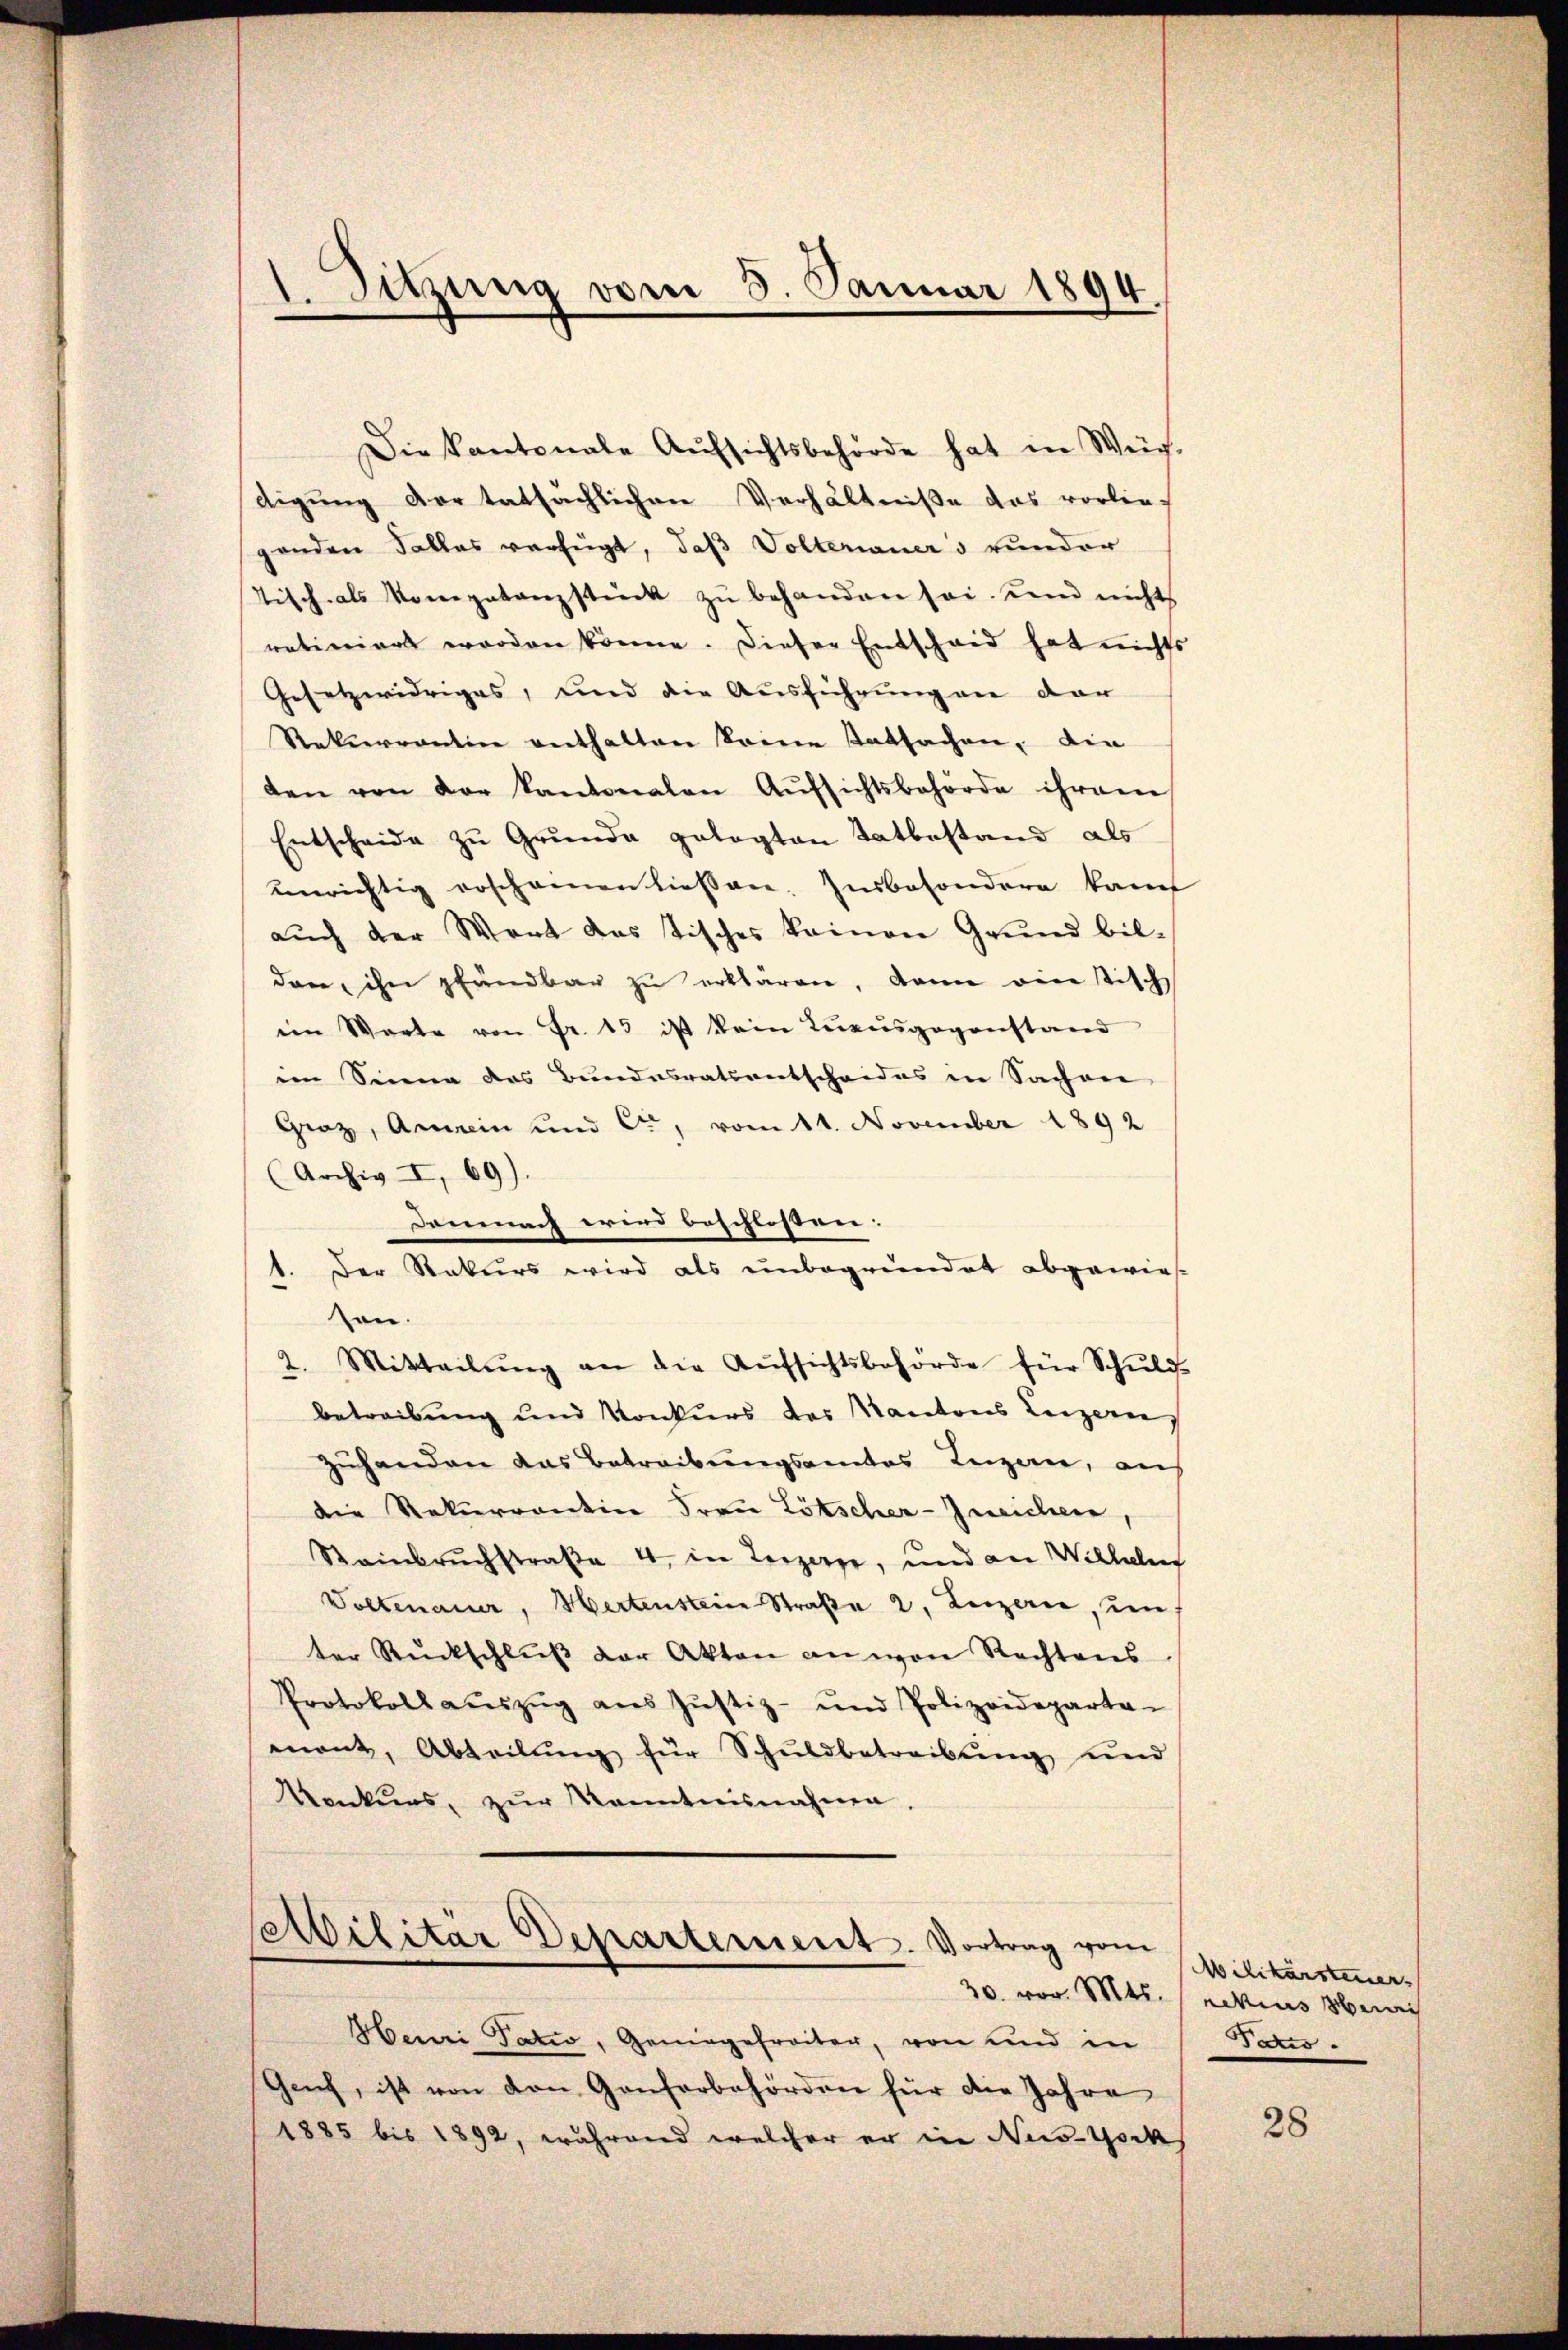
Die Kantonale Aŭfsichtsbehörde hat in Weg-
digung der tatsächlichen Verhältniße das vorlie
genden Falles verfügt, daß Voltenauers runder
Tisch als Monepatanzstück zŭ behanden sei, und nicht
rativiert worden könne. Dieser Entscheid hat nichts
Gesetzwidriges, und die Ausführung an der
Rekurrentin enthalten keine tatsachen, die
den von der Kantonalen Aŭfsichtsbehörde ihrem
Entscheide zu Grunde gelegten Tatbestand als
unrichtig erschonen liessen. Insbesondere kam
auch der Wert das Tisches keinen Grund bil-
den, ihn pfandbar zu erklären, dann ein tisch
im Warte von Fr. 15 ist kein Luxusgegenstand
in Sinne des Bundesratsentscheides in Sachen
Graz, Arnein und C., vom 11. November 1892
(Archiv I, 69).
damnach wird beschlossen; |
1. Der Rekurs wird als unbegründet abgewies
sen.
2. Mitteilŭng an die Aŭfsichtsbehörde für Schŭlis-
betreibung und Konkurs des Kantons Luzern
zuhanden das Betreibungsamtes Luzern, an
die Rekurrentin Frau Lötscher-Ineichen,
Steinbruchstraße 4. in Luzern, und an Wilhel
Woltenauer, Hertensteine Straße 2, Luzerne, den
ter Rückschluß der Akten an von Rechtens
Protokoll aŭszŭg aŭs Jŭstiz- und Polizeideparta-
mant, Abteilŭng für Schuldbetreibung und
Konkurs, zŭr Kenntnisnahme.
sabilitär Departement. Vortrag vom
Henri Tatio, Geniegefreiter, von und in
Geif, ist von den Gonforbehörden für die Jahre
1885 bis 1892, während welcher er in Nestock

1. Sitzung vom 3. Januar 1894

Wilikarsteuer
30. vor. Mts. (Rekius Hei
Paris.

28